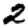
Digit: 2